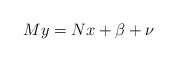
\begin{align*}M y = N x + \beta + \nu\end{align*}